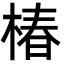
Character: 椿